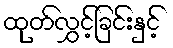
ထုတ်လွှင့်ခြင်းနှင့်